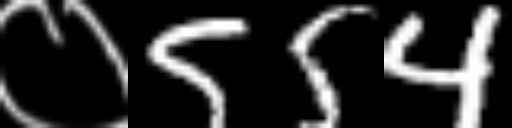
Text: ०554